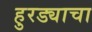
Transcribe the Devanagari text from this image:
हुरड्याचा